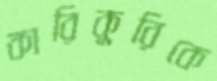
কারিকুরিকে